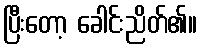
ပြီးတော့ ခေါင်းညိတ်၏။